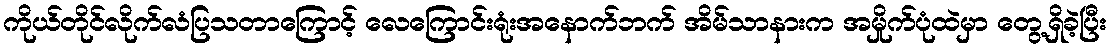
ကိုယ်တိုင်လိုက်လံပြသတာကြောင့် လေကြောင်းရုံးအနောက်ဘက် အိမ်သာနားက အမှိုက်ပုံထဲမှာ တွေ့ရှိခဲ့ပြီး